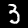
Digit: 3